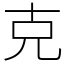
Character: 克